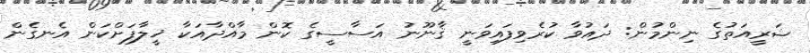
ޝަރީއަތުގެ ނިންމުން: ދައުވާ ކުރެވިފައިވަނީ ޤާނޫނު އަސާސީގެ ކޮން މާއްދާއަކާ ޚީލާފަށްކަން އެނގެން